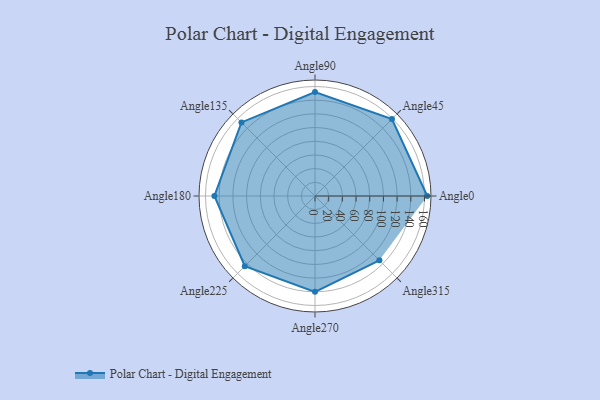
{"axis": {"x": "Angle", "y": "Radius"}, "legend": [""], "data": [{"x": "Angle0", "y": 164.0, "type": ""}, {"x": "Angle45", "y": 159.0, "type": ""}, {"x": "Angle90", "y": 152.0, "type": ""}, {"x": "Angle135", "y": 152.0, "type": ""}, {"x": "Angle180", "y": 147.0, "type": ""}, {"x": "Angle225", "y": 145.0, "type": ""}, {"x": "Angle270", "y": 140.0, "type": ""}, {"x": "Angle315", "y": 133.0, "type": ""}]}